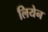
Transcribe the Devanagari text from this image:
लियेन